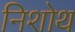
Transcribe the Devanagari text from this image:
निशोथ